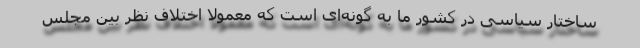
ساختار سیاسی در کشور ما به گونه‌ای است که معمولا اختلاف نظر بین مجلس